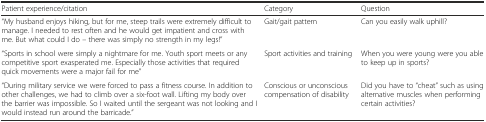
<table><thead><tr><td><b>Patient experience/citation</b></td><td><b>Category</b></td><td><b>Question</b></td></tr></thead><tbody><tr><td>“My husband enjoys hiking, but for me, steep trails were extremely difficult to manage. I needed to rest often and he would get impatient and cross with me. But what could I do – there was simply no strength in my legs!”</td><td>Gait/gait pattern</td><td>Can you easily walk uphill?</td></tr><tr><td>“Sports in school were simply a nightmare for me. Youth sport meets or any competitive sport exasperated me. Especially those activities that required quick movements were a major fail for me”</td><td>Sport activities and training</td><td>When you were young were you able to keep up in sports?</td></tr><tr><td>“During military service we were forced to pass a fitness course. In addition to other challenges, we had to climb over a six-foot wall. Lifting my body over the barrier was impossible. So I waited until the sergeant was not looking and I would instead run around the barricade.”</td><td>Conscious or unconscious compensation of disability</td><td>Did you have to “cheat” such as using alternative muscles when performing certain activities?</td></tr></tbody></table>